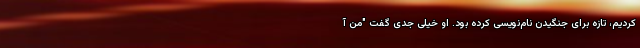
کردیم، تازه برای جنگیدن نام‌نویسی کرده بود. او خیلی جدی گفت "من آ